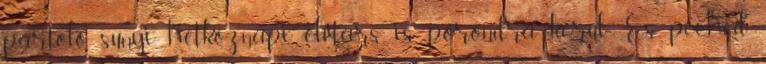
pártoló sunyi hétköznapi elvtárs is porondra kerül. És peched